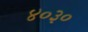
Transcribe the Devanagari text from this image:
४०३०